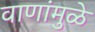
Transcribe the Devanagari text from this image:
वाणांमुळे